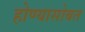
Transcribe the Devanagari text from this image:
होण्यासोबत